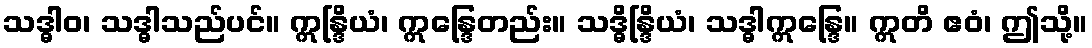
သဒ္ဓါဝ၊ သဒ္ဓါသည်ပင်။ ဣန္ဒြိယံ၊ ဣန္ဒြေတည်း။ သဒ္ဓိန္ဒြိယံ၊ သဒ္ဓါဣန္ဒြေ။ ဣတိ ဧဝံ၊ ဤသို့။